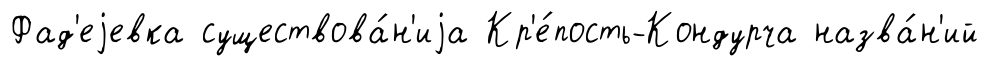
Фад'еjевка существова́н'иjа Кр'е́пость-Кондурча назва́н'ий